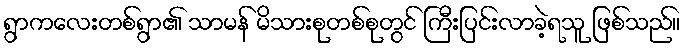
ရွာကလေးတစ်ရွာ၏ သာမန် မိသားစုတစ်စုတွင် ကြီးပြင်းလာခဲ့ရသူ ဖြစ်သည်။